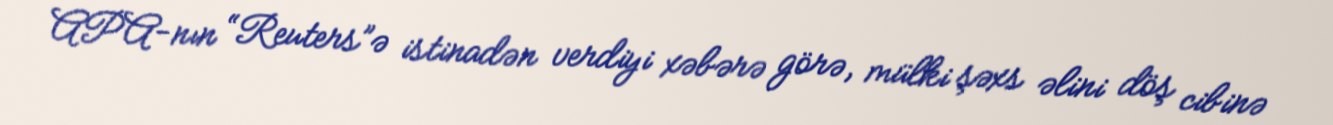
APA-nın “Reuters”ə istinadən verdiyi xəbərə görə, mülki şəxs əlini döş cibinə